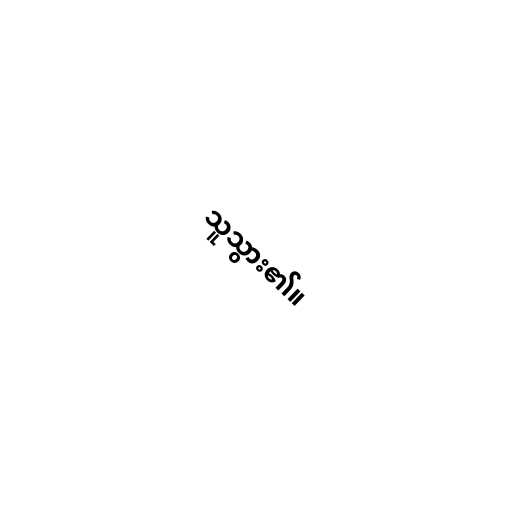
သူသွား၏။